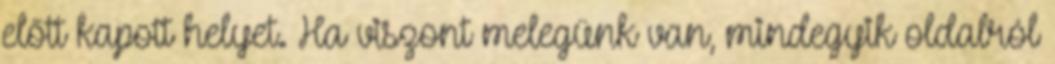
előtt kapott helyet. Ha viszont melegünk van, mindegyik oldalról